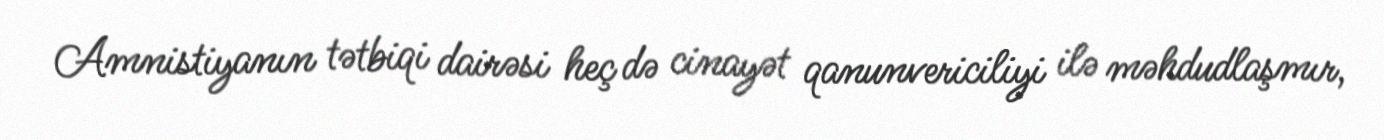
Amnistiyanın tətbiqi dairəsi heç də cinayət qanunvericiliyi ilə məhdudlaşmır,